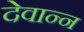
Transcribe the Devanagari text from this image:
देवान्न